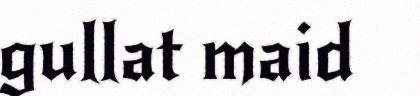
gullat maid